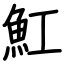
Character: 魟